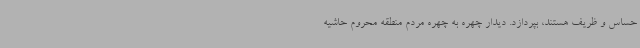
حساس و ظریف هستند، بپردازد. دیدار چهره به چهره مردم منطقه محروم حاشیه